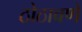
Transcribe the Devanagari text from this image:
ठोठावणे